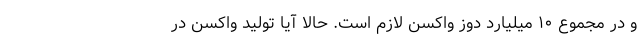
و در مجموع ۱۰ میلیارد دوز واکسن لازم است. حالا آیا تولید واکسن در